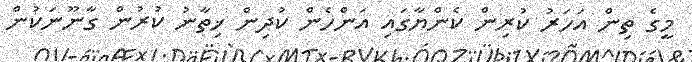
މީގެ ތިން އަހަރު ކުރިން ކެންޔާގައި އަންހެން ކުދިން ޚިތާނު ކުރުން ގާނޫނަކުން